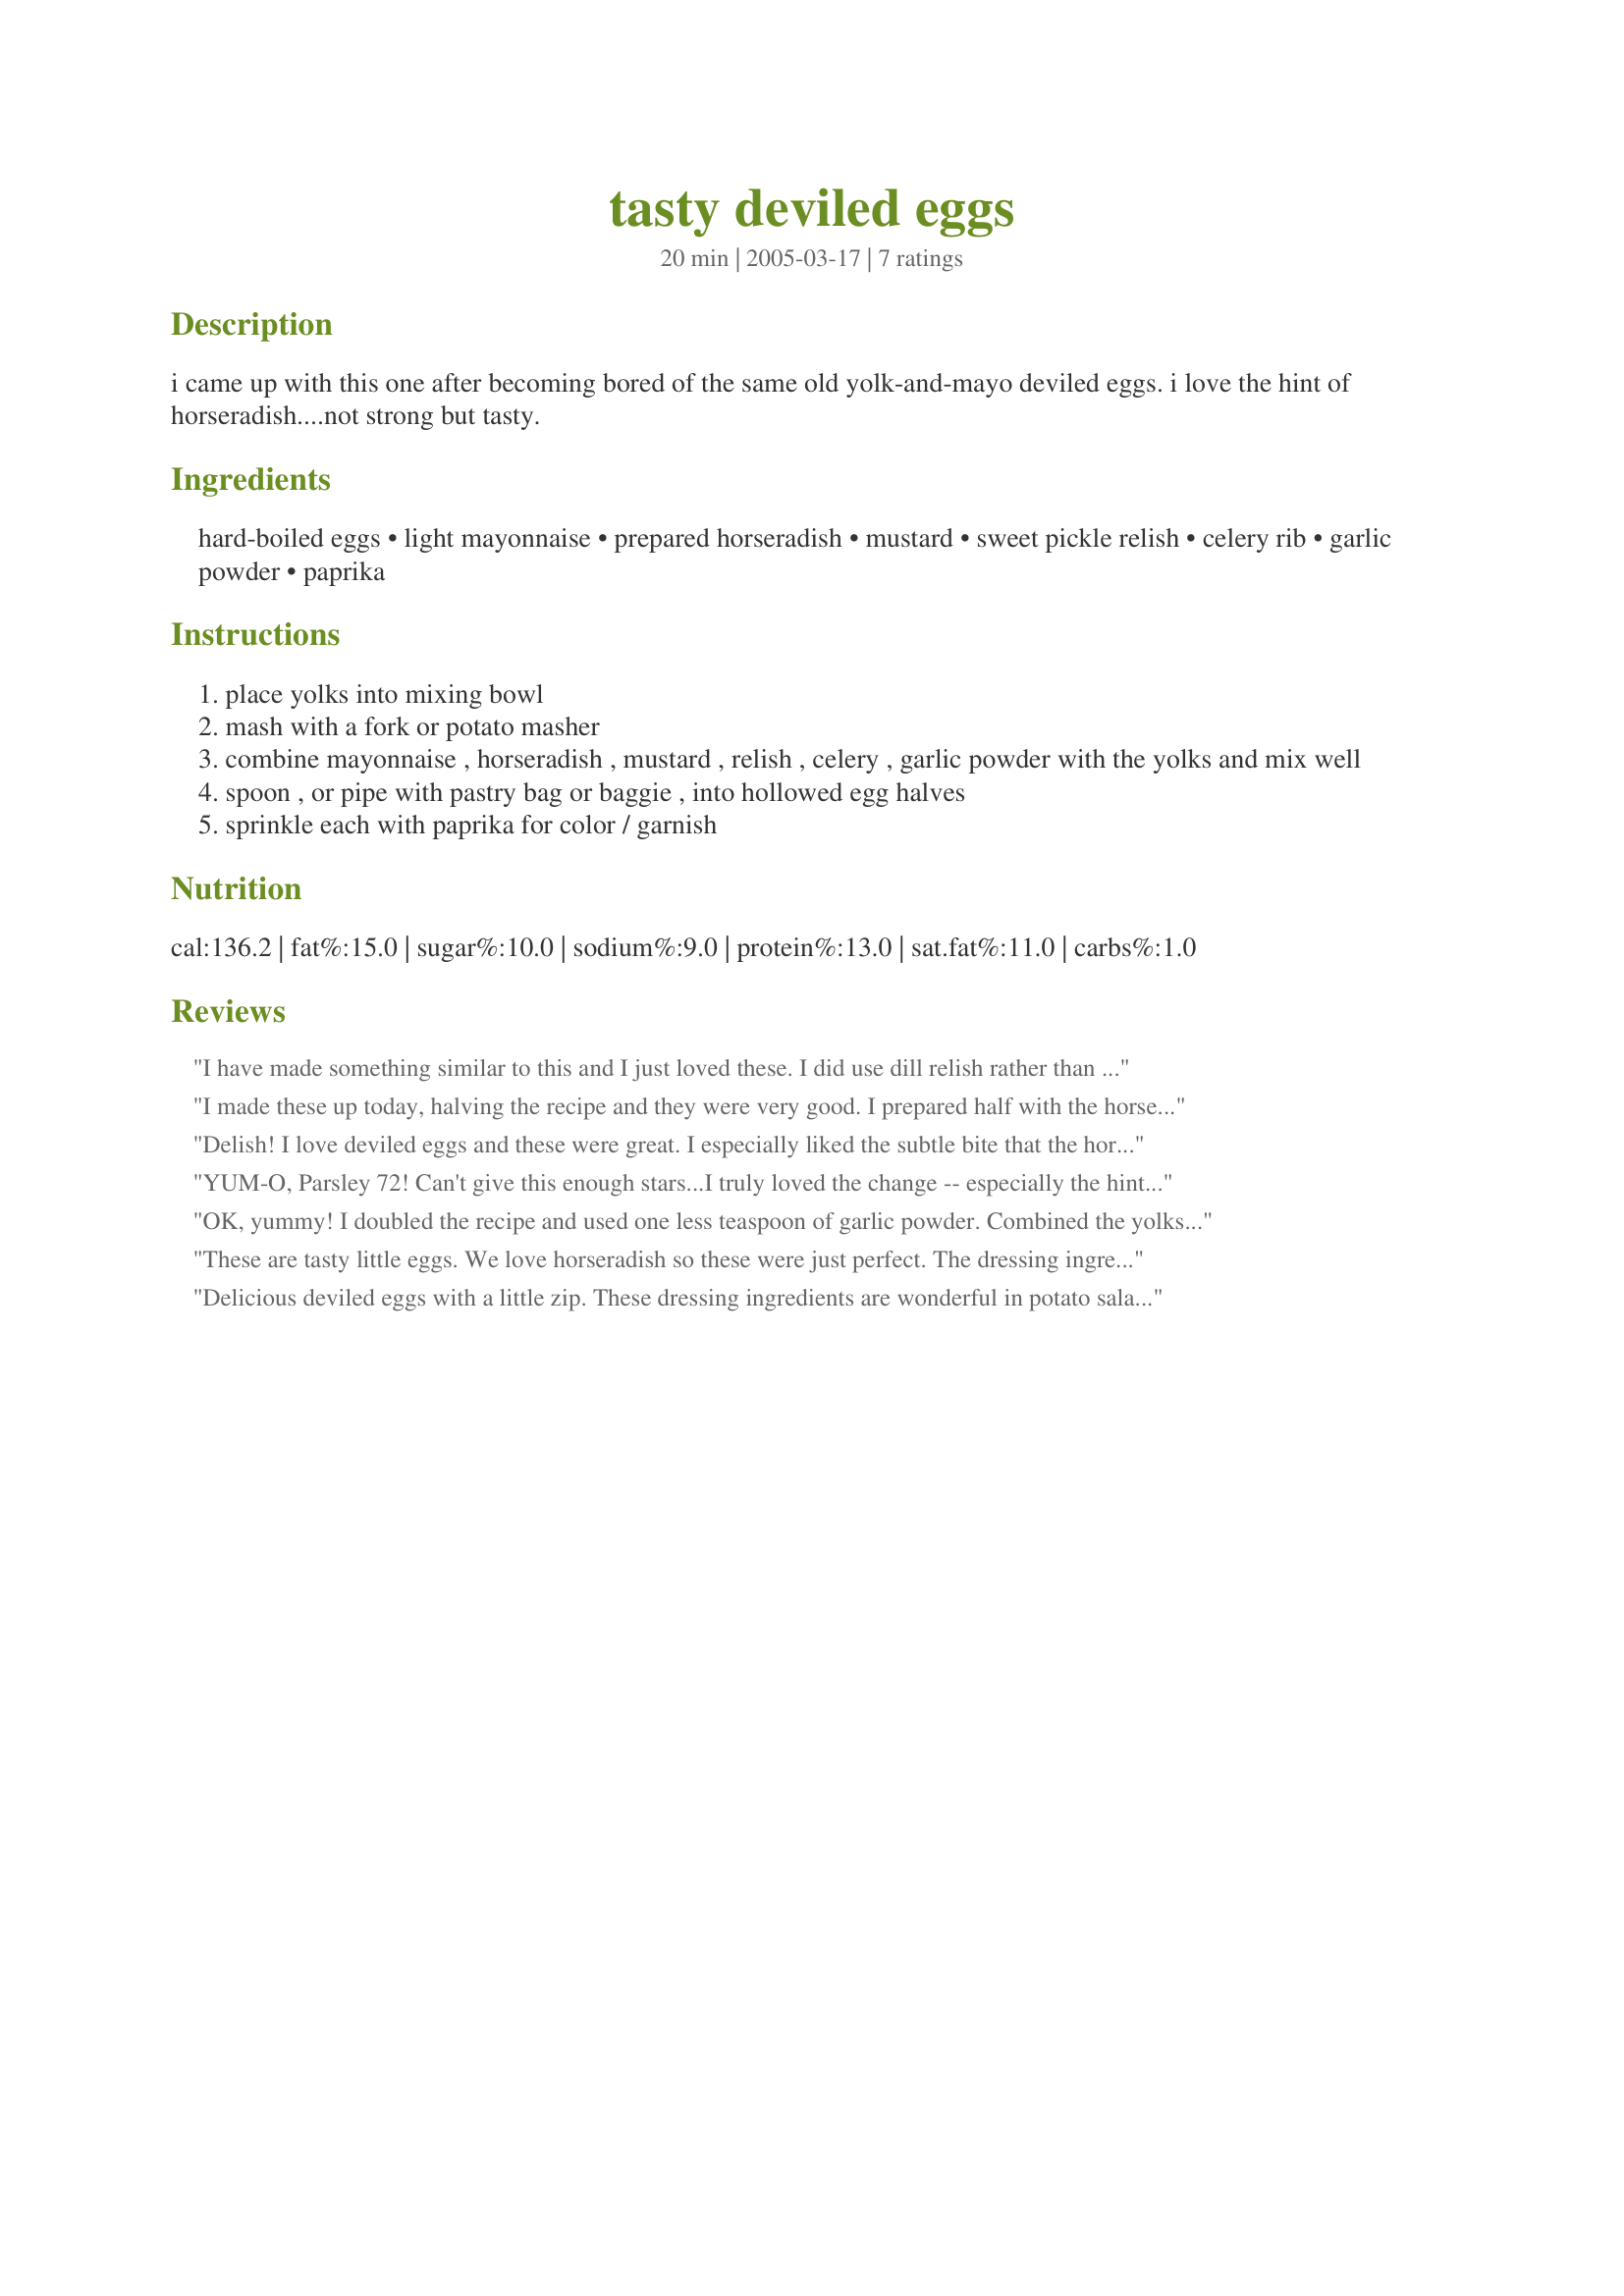
tasty deviled eggs
Preparation time: 20 minutes

i came up with this one after becoming bored of the same old yolk-and-mayo deviled eggs. i love the hint of horseradish....not strong but tasty.

Ingredients:
hard-boiled eggs, light mayonnaise, prepared horseradish, mustard, sweet pickle relish, celery rib, garlic powder, paprika

Steps:
place yolks into mixing bowl
mash with a fork or potato masher
combine mayonnaise , horseradish , mustard , relish , celery , garlic powder with the yolks and mix well
spoon , or pipe with pastry bag or baggie , into hollowed egg halves
sprinkle each with paprika for color / garnish

Reviews:
I have made something similar to this and I just loved these. I did use dill relish rather than sweet, and I used horseradish mustard as well. Very good and will be using this recipe again. I may add crumbled bacon next time. I LOVE deviled eggs. :)
I made these up today, halving the recipe and they were very good. I prepared half with the horseradish and half without. Thanks Parsley!
Delish! I love deviled eggs and these were great. I especially liked the subtle bite that the horseradish added. Thanks Parsley.
YUM-O, Parsley 72! Can't give this enough stars...I truly loved the change -- especially the hint of horseradish! I made these for a cookout, tasted one, and darned if I didn't stand there and eat half the dang batch myself!!!!!LOL! Jeez...I had to make another batch for my family!!! LOL! Very addictive, and a great change from the "usual." Thank you for posting this! Stacy :)
OK, yummy! I doubled the recipe and used one less teaspoon of garlic powder. Combined the yolks, mayo, horseradish and mustard (I used dijon). I took the relish and blended it well in the blender and then added celery to it and chopped it finely. I then added the yolk mixture and and blended away til it was very creamy. I topped it with smoked paprika. My family loved it! Perfect combo of sweet and with a bit of a kick. Thank you for the recipe its perfect!
These are tasty little eggs. We love horseradish so these were just perfect. The dressing ingredients also works with fish for dipping. Thanks for posting this recipe.
Delicious deviled eggs with a little zip. These dressing ingredients are wonderful in potato salad too. Very similar to my potato salad dressing, except for the garlic powder. Thanks for posting. :)
